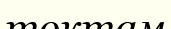
токтам